Applicability to medico-legal practice in India of the biochemical tests for the origin of blood-stains - Number 39
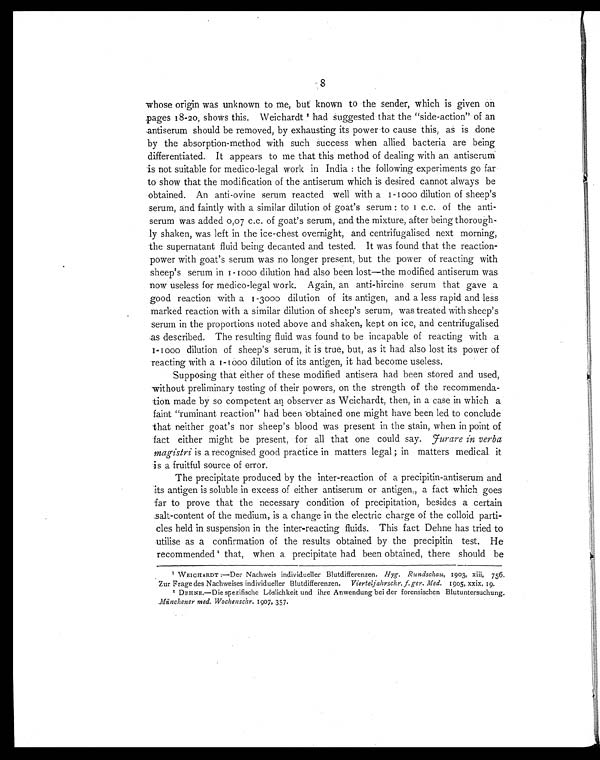
8
whose origin was unknown to me, but known to the sender, which is given on
pages 18-20, shows this. Weichardt1 had suggested that the "side-action" of an
antiserum should be removed, by exhausting its power to cause this, as is done
by the absorption-method with such success when allied bacteria are being
differentiated. It appears to me that this method of dealing with an antiserum
is not suitable for medico-legal work in India: the following experiments go far
to show that the modification of the antiserum which is desired cannot always be
obtained. An anti-ovine serum reacted well with a 1-1000 dilution of sheep's
serum, and faintly with a similar dilution of goat's serum: to 1 c.c. of the anti-
serum was added 0,07 c.c. of goat's serum, and the mixture, after being thorough-
ly shaken, was left in the ice-chest overnight, and centrifugalised next morning,
the supernatant fluid being decanted and tested. It was found that the reaction-
power with goat's serum was no longer present, but the power of reacting with
sheep's serum in 1-1000 dilution had also been lost—the modified antiserum was
now useless for medico-legal work. Again, an anti-hircine serum that gave a
good reaction with a 1-3000 dilution of its antigen, and a less rapid and less
marked reaction with a similar dilution of sheep's serum, was treated with sheep's
serum in the proportions noted above and shaken, kept on ice, and centrifugalised
as described. The resulting fluid was found to be incapable of reacting with a
1 - 1 0 0 0 d i l u t i o n o f s h e e p ' s s e r u m , i t i s t r u e , b u t , a s i t h a d a l s o l o s t i t s p o w e r o f
reacting with a 1-1000 dilution of its antigen, it had become useless.
Supposing that either of these modified antisera had been stored and used,
without preliminary testing of their powers, on the strength of the recommenda-
tion made by so competent an observer as Weichardt, then, in a case in which a
faint "ruminant reaction" had been 'obtained one might have been led to conclude
that neither goat's nor sheep's blood was present in the stain, when in point of
fact either might be present, for all that one could say. Jurare in verba
magistri is a recognised good practice in matters legal; in matters medical it
is a fruitful source of error.
The precipitate produced by the inter-reaction of a precipitin-antiserum and
its antigen is soluble in excess of either antiserum or antigen,, a fact which goes
far to prove that the necessary condition of precipitation, besides a certain
salt-content of the medium, is a change in the electric charge of the colloid parti-
cles held in suspension in the inter-reacting fluids. This fact Dehne has tried to
utilise as a confirmation of the results obtained by the precipitin test. He
r e c o mme n d e d 2 t h a t , wh e n a p r e c i p i t a t e h a d b e e n o b t a i n e d , t h e r e s h o u l d b e
1 WEICHARDT:—Der Nachweis individueller Blutdifferenzen. Hyg. Rundschau, 1903, xiii, 756.
Zur Frage des Nachweises individueller Blutdifferenzen. Vierteljahrschr. f. ger. Med. 1905, xxix. 19.
2 DEHNE.—Die spezifische Löslichkeit und ihre Anwendung bei der forensischen Blutuntersuchung.
Münchener med. Wochenschr. 1907, 357.